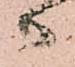
御